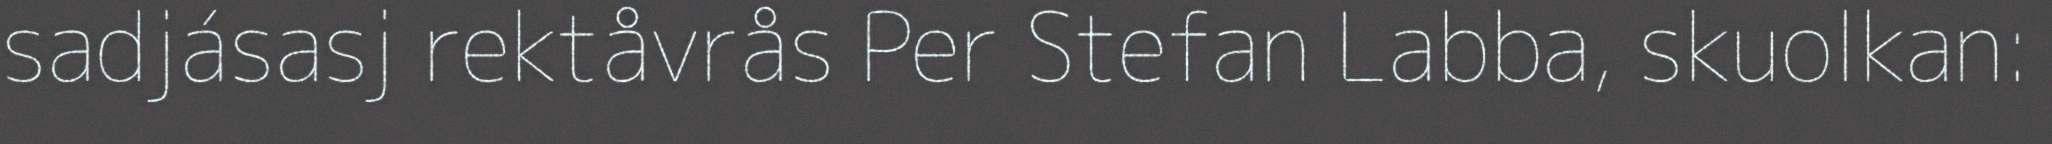
sadjásasj rektåvrås Per Stefan Labba, skuolkan: